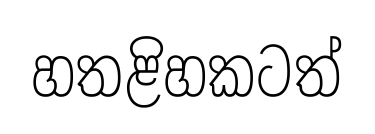
හතළිහකටත්